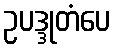
ဥပဒ္ဒုတံပေ